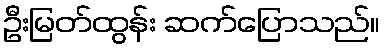
ဦးမြတ်ထွန်း ဆက်ပြောသည်။